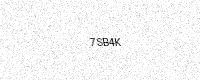
Text: 7SB4K